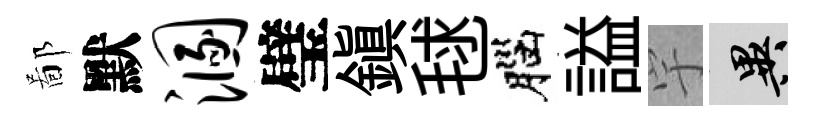
鄙默溷璧鎭毬腦謚宇异